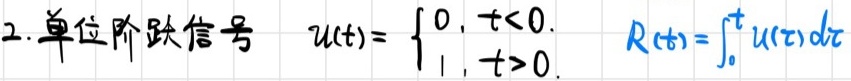
2. 单位阶跃信号 \( u(t)= \begin{cases} 0, & t<0 \\ 1, & t>0 \end{cases}\) \( R(t)=\int_{0}^{t} u(\tau) d\tau\)